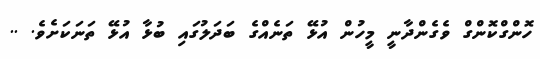
ހޮންގްކޮންގް ވެގެންދާނީ މީހުން އުޅޭ ތަނެއްގެ ބަދަލުގައި ބުޅާ އުޅޭ ތަނަކަށެވެ. ..